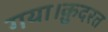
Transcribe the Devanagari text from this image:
गया।क़ुदरत